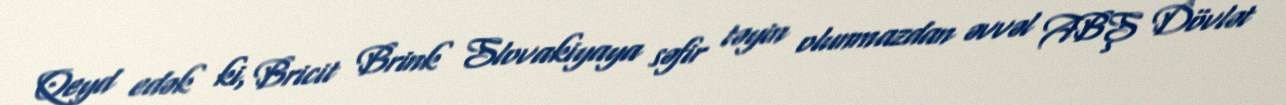
Qeyd edək ki, Bricit Brink Slovakiyaya səfir təyin olunmazdan əvvəl ABŞ Dövlət